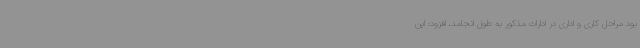
بود مراحل کاری و اداری در ادارات مذکور به طول انجامد، افزود: این